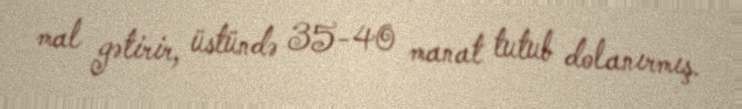
mal gətirir, üstündə 35-40 manat tutub dolanırmış.